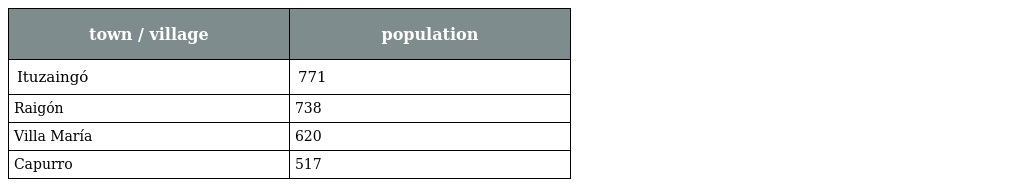
| town / village | population |
 | --- | --- |
 | Ituzaingó | 771 |
 | Raigón | 738 |
 | Villa María | 620 |
 | Capurro | 517 |